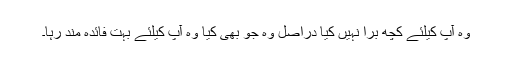
وہ آپ کیلئے کچھ بُرا نہیں کیا دراصل وہ جو بھی کیا وہ آپ کیلئے بہت فائدہ مند رہا۔